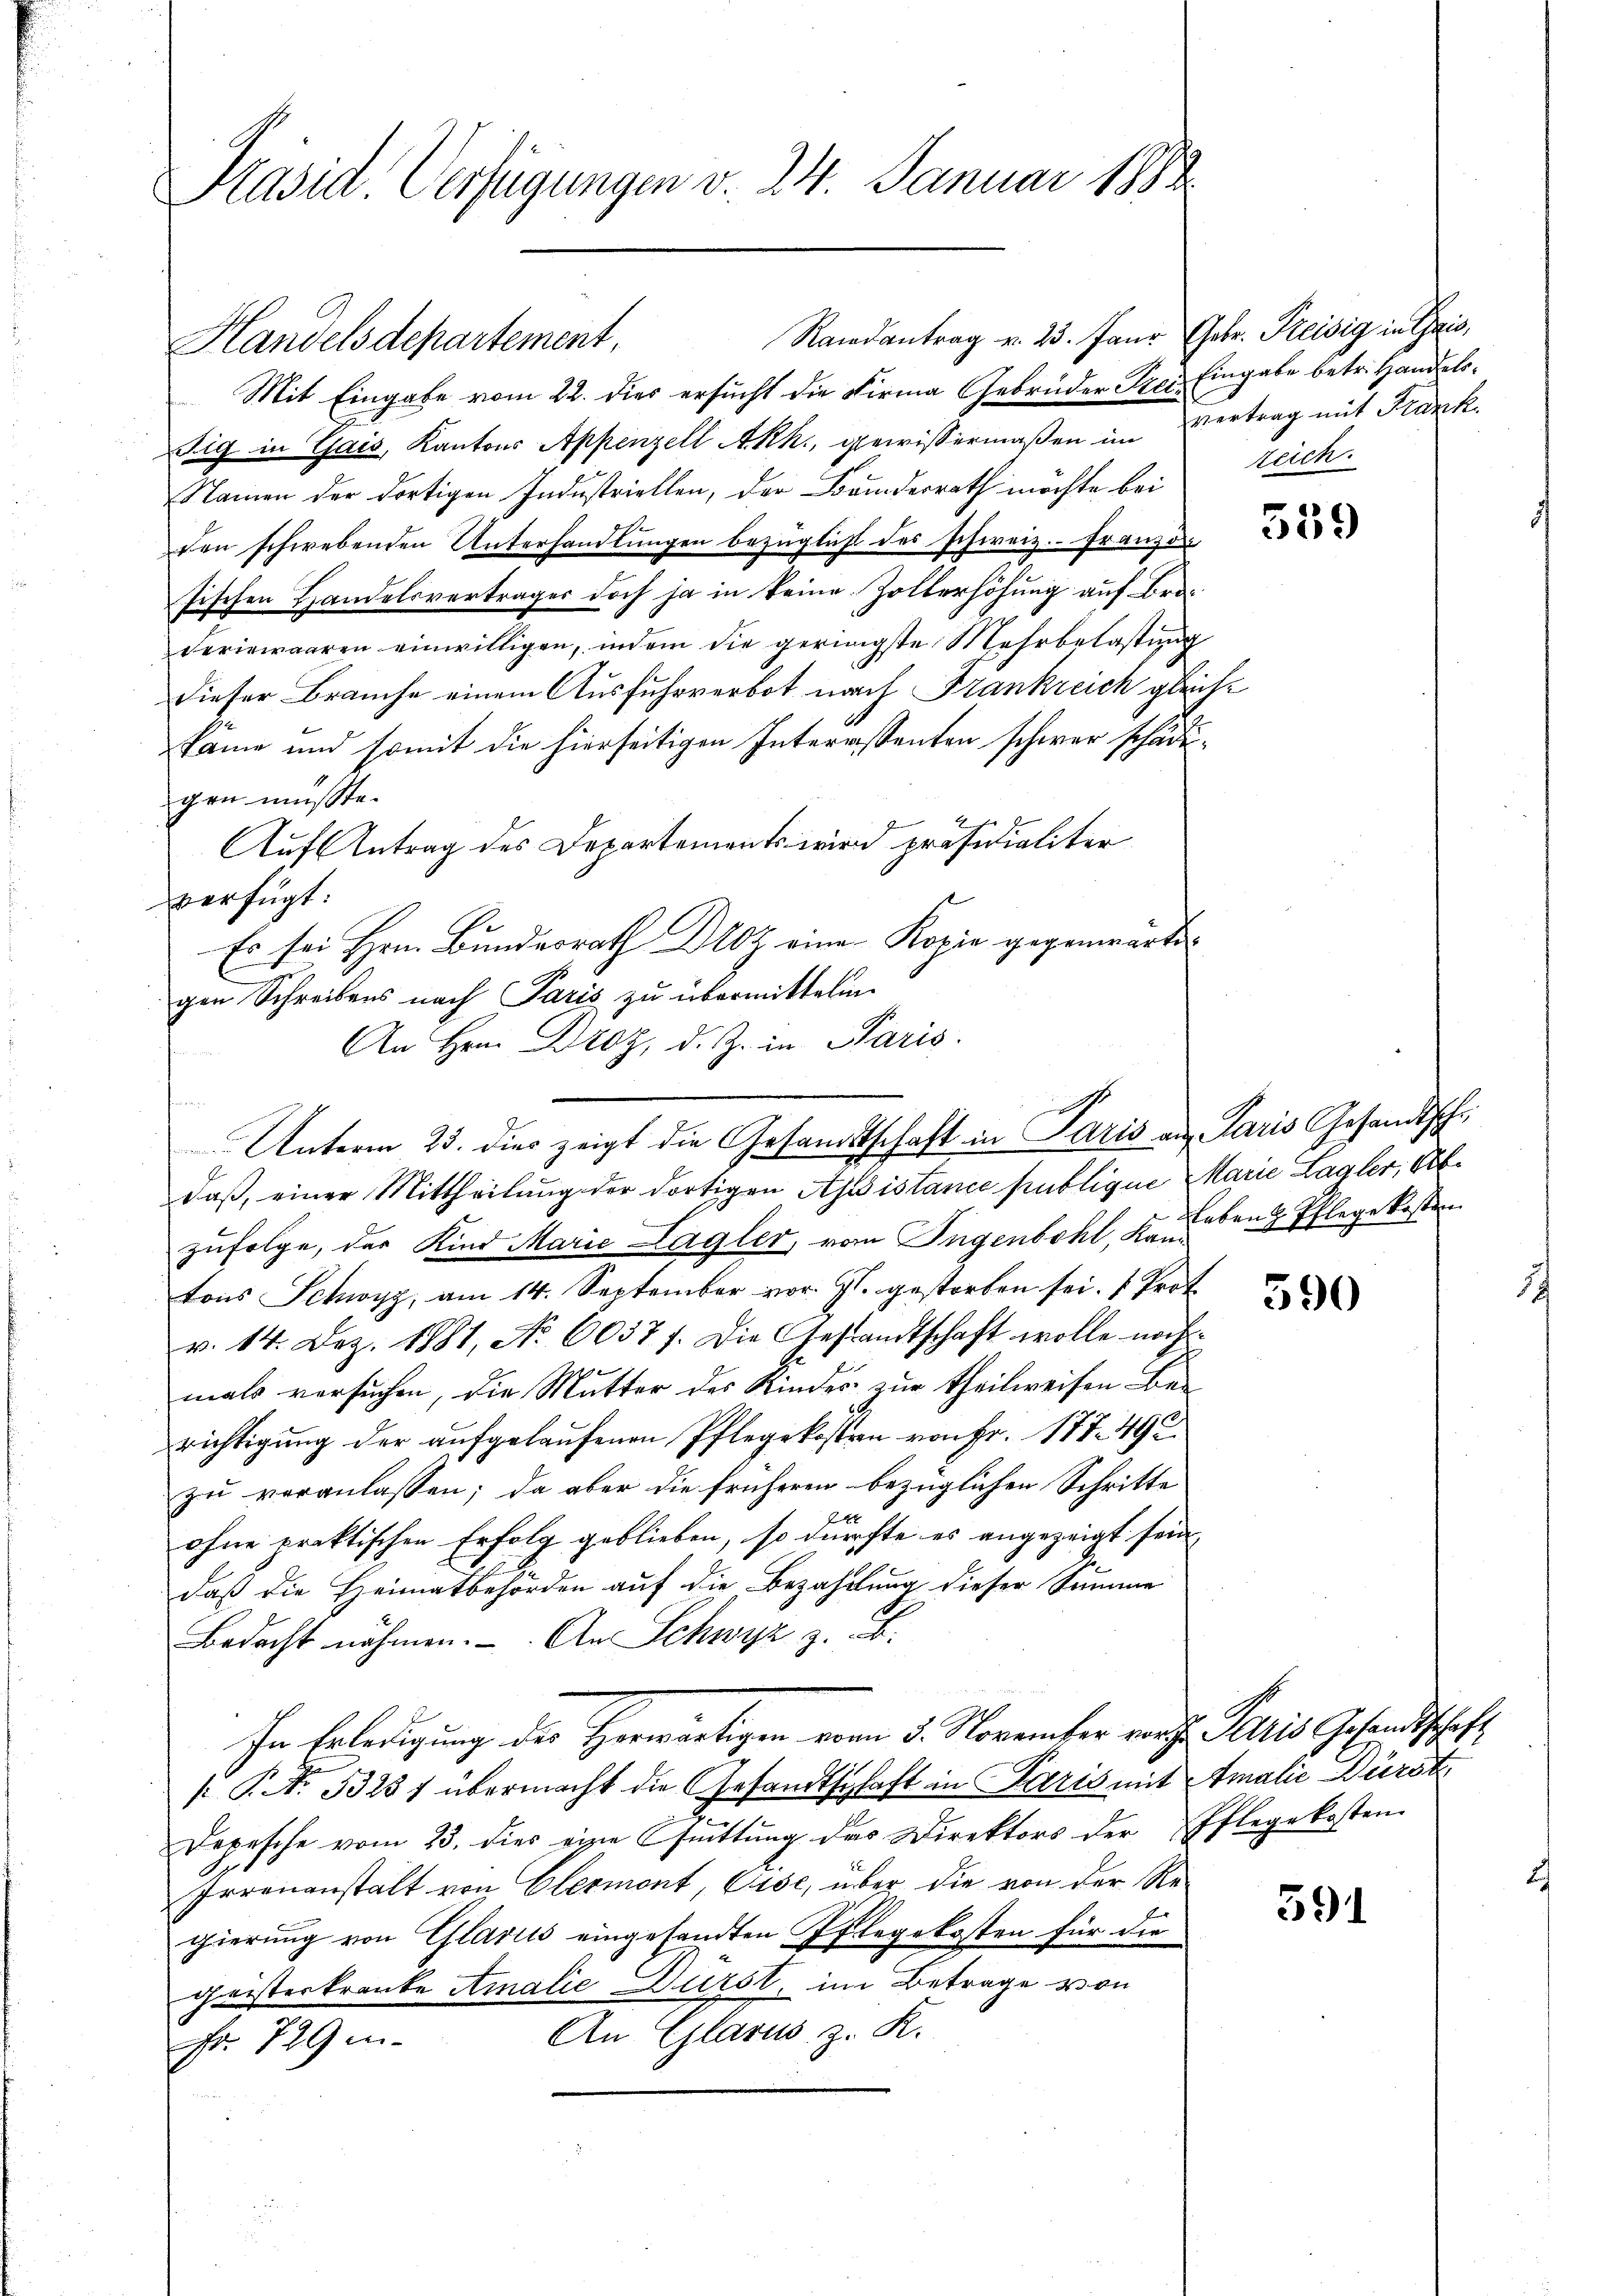
Präsid. Verfügungen v. 24. Januar 1882

Randantrag v. 23. Janr Gebr. Kreisig in Gais,
Mit Eingabe vom 22. dies ersucht die Firma Gebrüder Frei Eingabe betr. Handels¬
Sigg in Gais, Kantons Appenzell Akh., gewißermaßen im vertrag mit Frank
Namen der dortigen Industriellen, der Banderrath möchte bei
den schwebenden Unterhandlŭngen bezüglicht des schweiz.- Franzon
sischen Handelsvertrages doch ja in keine Zollerhöhung auf Broderiewaaren einwilligen, indem die geringste Mehrbelastung
dieser Brauche einem Ausfuhrverbot nach Frankreich gleiche
käme und somit die hierseitigen Interessenten schwer schädigen müßte.
Auf Antrag des Departements wird präsidialiter
verfügt:
Es sei Hrn. Bundesrath Droz eine Kopie gegenwärte
gen Schreibens nach Paris zu übermittelm
An Hrn. Droz, d. Z. in Paris.
daß, einer Mittheilung der dortigen Assistance publique Marie Lagler, Obzufolge, der Kind Marie Lagler, vom Ingenbohl, K. Leben Pflege kosten
tons Schwyz, am 14. September vor. Js. gestorben sei. Prot
v. 14. Dez. 1881, No 6037 f. Die Gestandtschaft wolle noch
mals versuchen, die Mutter des Kindes zur Theilweisen Berichtigung der aufgelaufenen Pflegekosten von Fr. 177. 492
zu veranlassen; da aber die früheren bezüglichen Schritte
28
ohne praktischen Erfolg geblieben, so dürchte es angezeigt sein |
daß die Heimatbehörden auf die Bezahlung dieser Summe
Bedacht nähmen. An Schwyz z. B.
In Erledigung der Herwärtigen vom 5. November vor. Petris Gesandtschaft
 P. N. 3325 f übermacht die Gesandtschaft in Paris mit Amalić Dürst
Depesche vom 23. dies eine Quittung des Direktors der Pflegekosten
.
Irrenanstalt von Elermont, Eise, über die von der Regierung von Glarus eingesandten Pflegekosten für die
geisterkranke Amalie Durst, im Betrage von
An Glarus, z. K.
Fr. 729 in

Handelsdepartement,

a
Unterm 23. dies zeigt die Gesandtschaft in Paris an Paris Gesandtschr

reich.

539

590

391